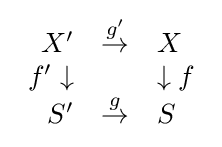
{\begin{array}{rcl}X'&{\stackrel {g'}{\to }}&X\\f'\downarrow &&\downarrow f\\S'&{\stackrel {g}{\to }}&S\\\end{array}}